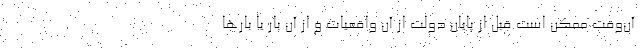
آن‌وقت ممکن است قبل از پایان دولت از آن واقعیات و از آن بار یا بارها